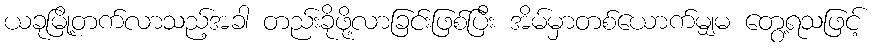
ယခုမြို့တက်လာသည့်အခါ တည်းခိုဖို့လာခြင်းဖြစ်ပြီး အိမ်မှာတစ်ယောက်မျှမ တွေ့ရသဖြင့်